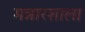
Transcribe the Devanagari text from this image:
मन्नारशाला